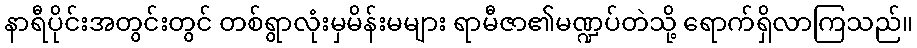
နာရီပိုင်းအတွင်းတွင် တစ်ရွာလုံးမှမိန်းမများ ရာမီဇာ၏မဏ္ဍပ်တဲသို့ ရောက်ရှိလာကြသည်။